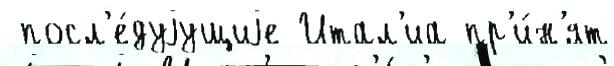
 посл'е́дуjущиjе Итал'иа пр'и́н'ят